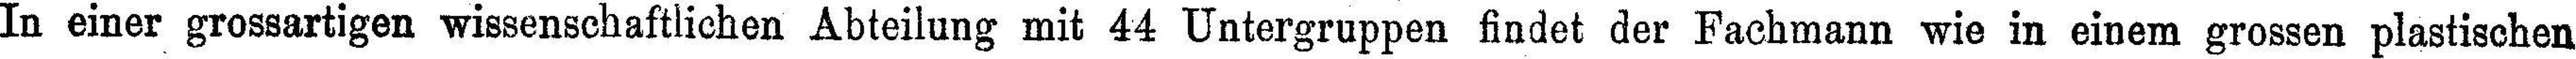
In einer grossartigen wissenschaftlichen Abteilung mit 44 Untergruppen findet der Fachmann wie in einem grossen plastischen